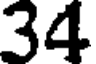
34